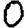
Digit: 0